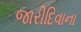
જારીદિવાના